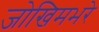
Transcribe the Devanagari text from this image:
जोखिमभरे